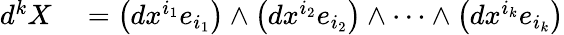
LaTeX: \begin{array}{rl}{d^{k}X}&{{}=\left(dx^{i_{1}}e_{i_{1}}\right)\wedge\left(dx^{i_{2}}e_{i_{2}}\right)\wedge\cdots\wedge\left(dx^{i_{k}}e_{i_{k}}\right)}\end{array}